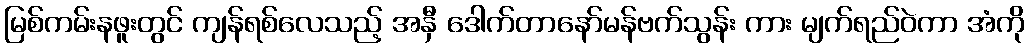
မြစ်ကမ်းနဖူးတွင် ကျန်ရစ်လေသည့် အနှီ ဒေါက်တာနော်မန်ဗက်သွန်း ကား မျက်ရည်ဝဲကာ အံကို